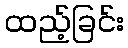
ထည့်ခြင်း